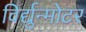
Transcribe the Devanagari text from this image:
विर्द्युन्मोटर